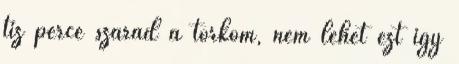
tíz perce szárad a torkom, nem lehet ezt így